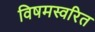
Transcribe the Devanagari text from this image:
विषमस्वरित